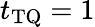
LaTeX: t_{\mathrm{TQ}}=1